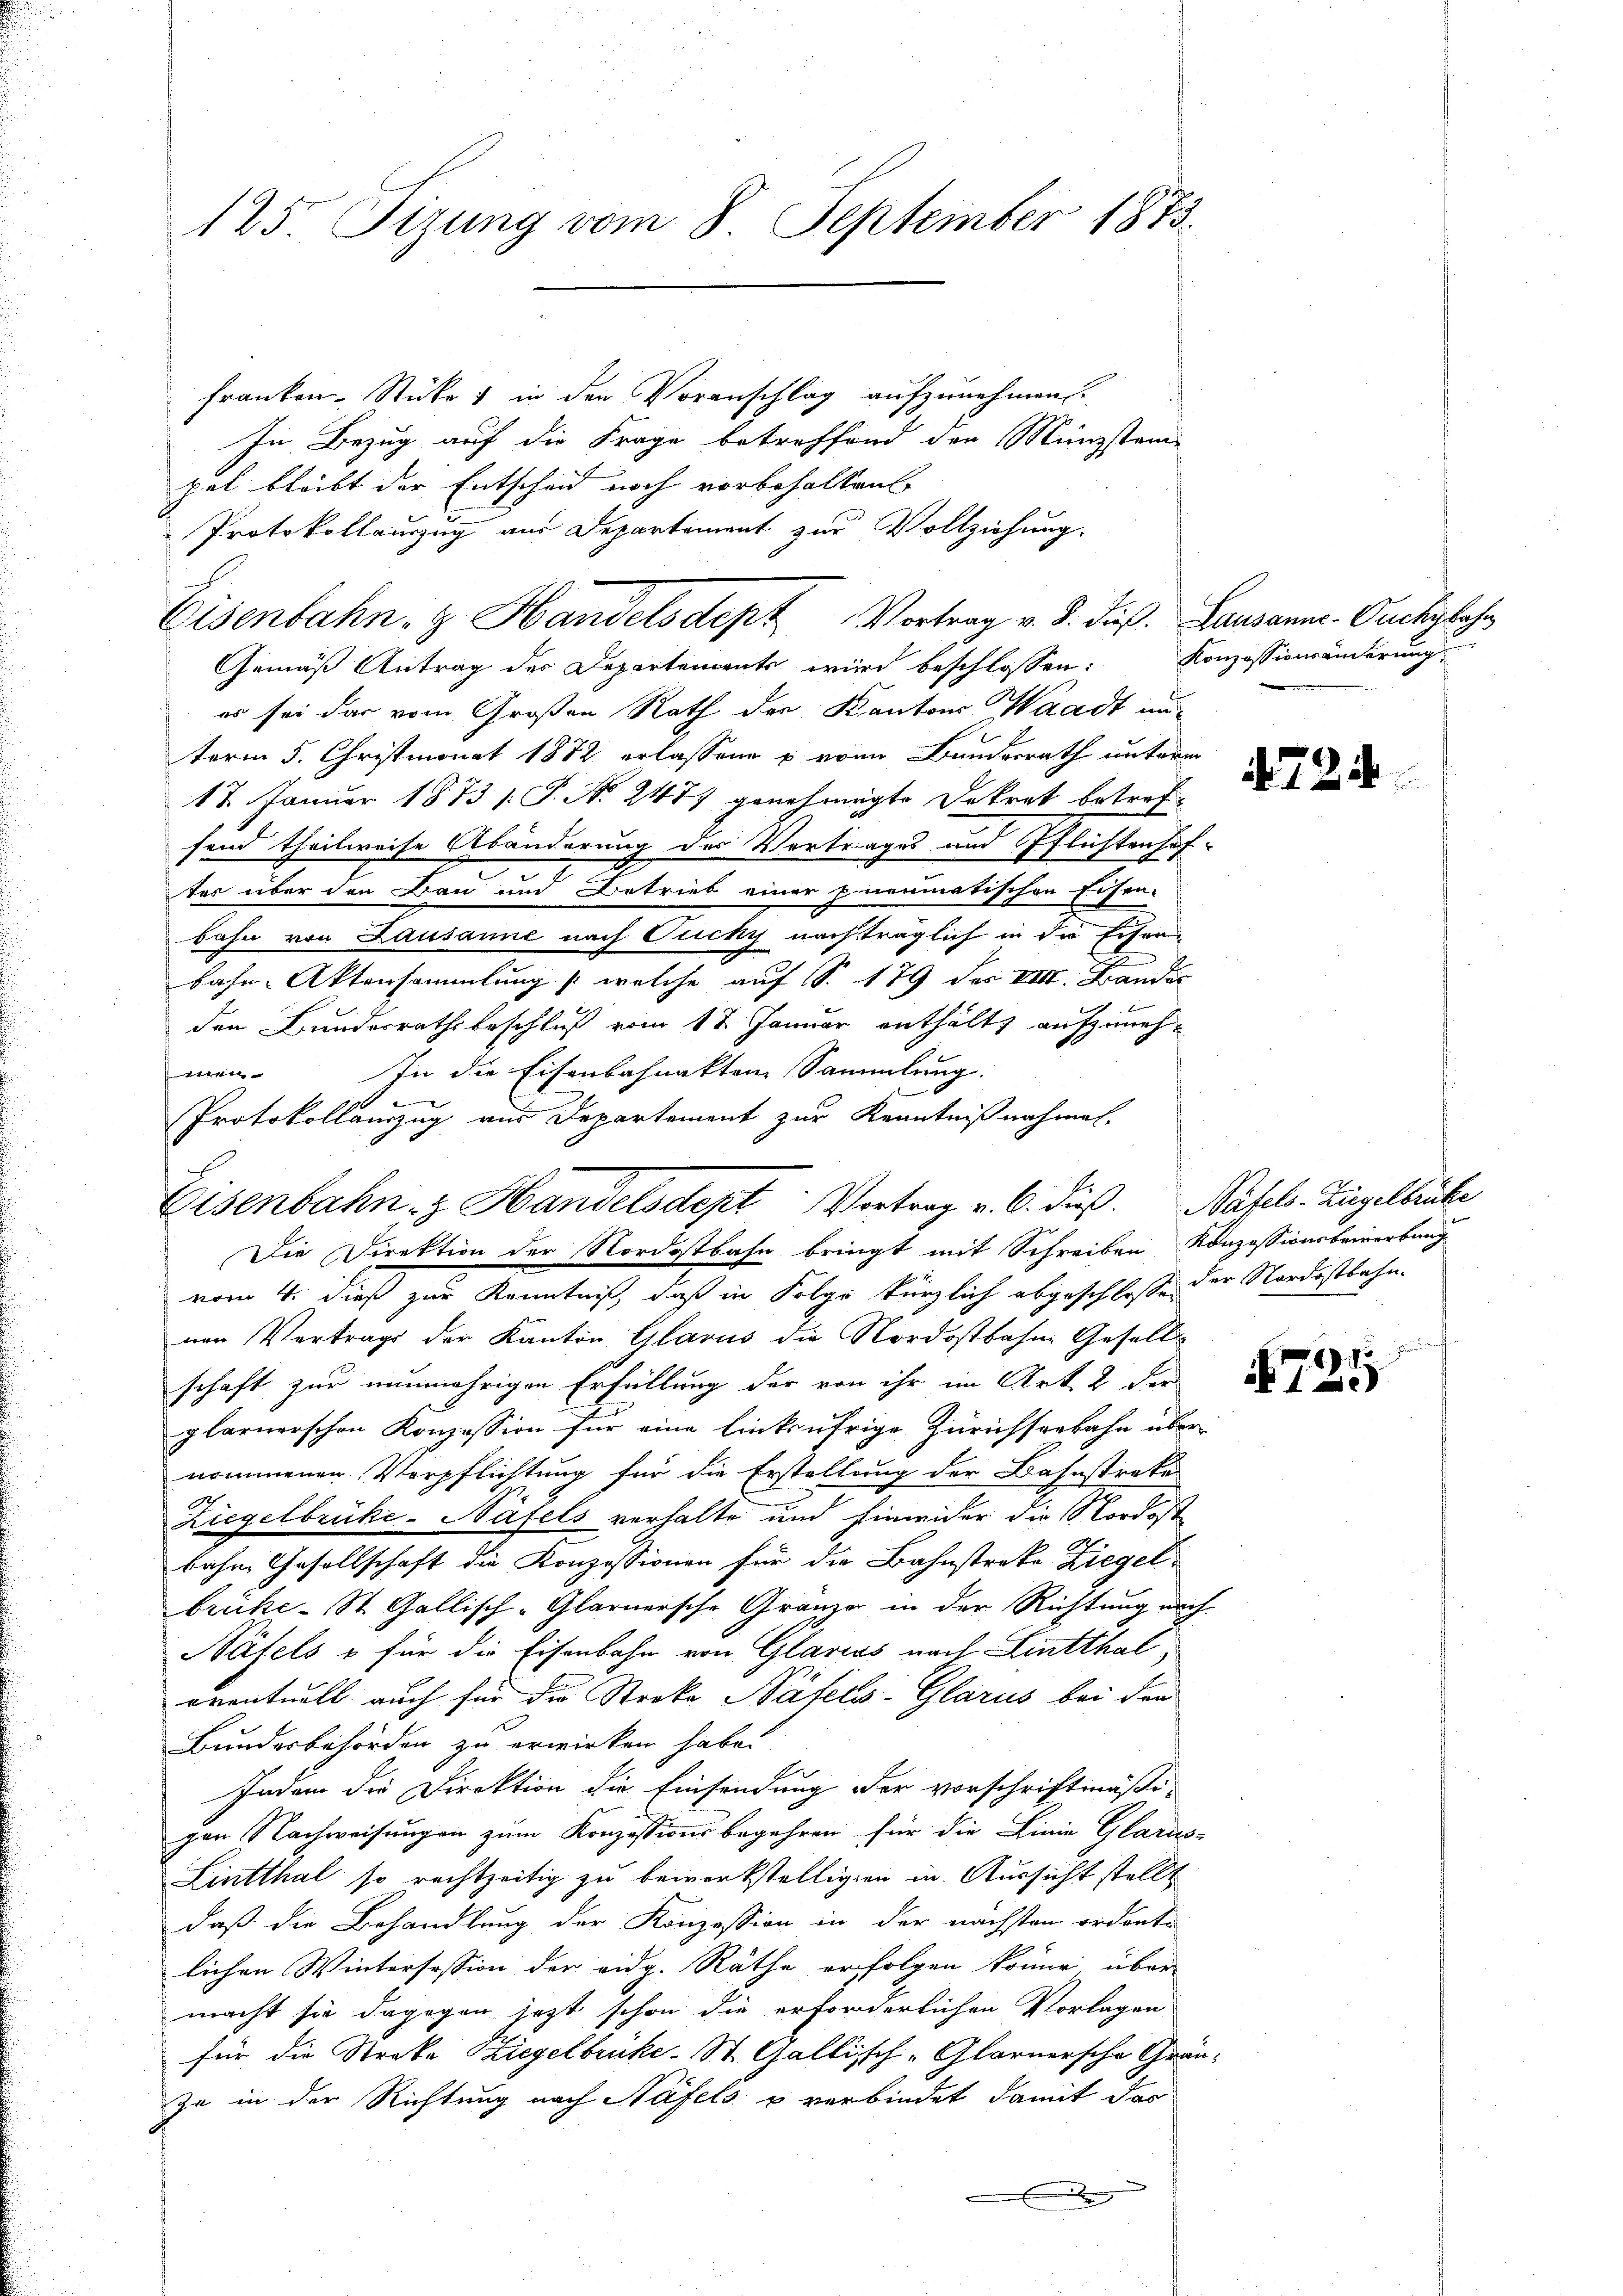
125. Fizung vom 8. September 1873.

Franken Rückes in den Voranschlag aufzunehmen.
In Bezug auf die Frage betreffend den Münzstame
pel bleibt der Entscheid noch vorbehalten
Gemäß Antrag des Departements wird beschlossen:
er sei das vom Großen Rath der Kantons Waadt unterm 5. Christmonat 1872 erlassen & von Bundesrath unterm
17. Januar 1873 s. S. No 247 genehmigte Dekret betreffend theilweise Abänderung des Vertrages und Pflichtenhof-
ter über den Bau und Betrieb einer pneumatischen Eisen-
bahn von Lausanne nach Ouchy nachträglich in die Eisen
bahn-Aktensammlung /: welche auf S. 179 des VIII. Lander
den Bundesrathsbeschluß vom 12 Januar enthält aufzuneh¬
In die Eisenbahnakten Sammlung.
eiri

Protokollauszug aus Departement zur Kenntniß nachmal-
vom 4. dieß zur Kenntniß, daß in Folge kürzlich abgeschlosse der Nordostbahn-
nen Vertrags der Kanton Glarus die Nordostbahne Gesell-
schaft zur nunmehrigen Erfüllung der von ihr im Art. 2 der
plarnerschen Konzession für eine linksufrige Zürichseebahn über-
nommenen Verpflichtung für die Erstellung der Bahnstreke
Ziegelbrüke-Näfels verhalte und Einwider die Nordost
bahne Gesellschaft die Konzessionen für die Bahnstreke Ziegel
brüke-St. Gallisch-Glarnersche Gränze in der Richtung nach
Nätels o für die Eisenbahn von Glarias nach Lintthal
eventuell auch für die Streka Näfels-Glarus bei den
Bundesbehörden zu erwirken habe.
Indem die Direktion die Einsendung der vorschriftmäßi-
gen Nachweisungen zum Konzessionsbegehren für die Linie Glarus-
Lintthal so rechtzeitig zu bewerkstelligen in Aussicht stellt
daß die Behandlung der Konzession in der nächsten ordente
lichen Wintersession der eidg. Räthe erfolgen könne über
macht sie dagegen jetzt schon die erforderlichen Vorlagen
für die Streke Ziegelbrüke-St. Gallisch-Glarnersche Gränja in der Richtung nach Näfels & verbindet damit das

Eisenbahn, z. Handelsdept Vortrag v. 6. dieß. Näfels Hügelbrücke
Die Direktion der Nordostbahn bringt mit Schreiben Konzessionsbewerbung

Protokollauszug aus Departement zur Vollziehung.
Eisenbahn, z. Handelsdept Vortrag v. J. dieß. Lausann-Ouchybohr

Konzessionsänderung

472.

87
1